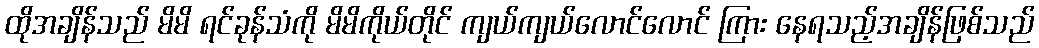
ထိုအချိန်သည် မိမိ ရင်ခုန်သံကို မိမိကိုယ်တိုင် ကျယ်ကျယ်လောင်လောင် ကြား နေရသည့်အချိန်ဖြစ်သည်